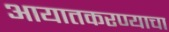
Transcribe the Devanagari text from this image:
आयातकरण्याचा